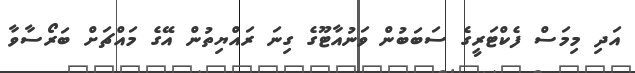
އަދި މިމަސް ފެކްޓަރީގެ ސަބަބުން ވަނުއާޓޫގެ ގިނަ ރައްޔިތުން އޭގެ މައްޗަށް ބަރޯސާވާ